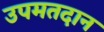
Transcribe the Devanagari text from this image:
उपमतदान